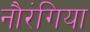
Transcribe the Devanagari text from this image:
नौरंगिया